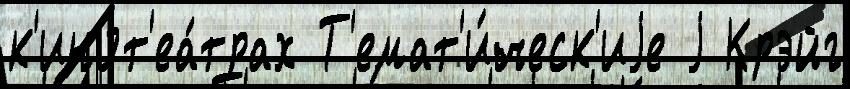
к'инот'еа́трах Т'емат'и́ческ'иjе j Крэйг